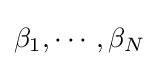
\beta _{1},\cdots ,\beta _{N}